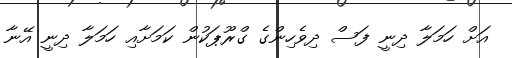
އަށް ހަމަލާ ދިނީ ފަސް ދިވެހިންގެ ގްރޫޕަކުން ކަމަށާއި ހަމަލާ ދިނީ އޭނާ